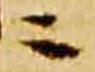
ニ